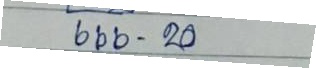
666 - 20